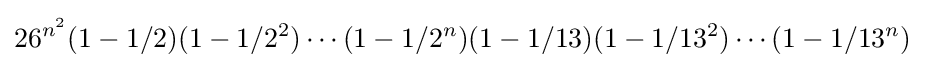
26^{n^{2}}(1-1/2)(1-1/2^{2})\cdots (1-1/2^{n})(1-1/13)(1-1/13^{2})\cdots (1-1/13^{n})